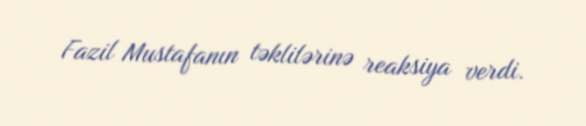
Fazil Mustafanın təklilərinə reaksiya verdi.